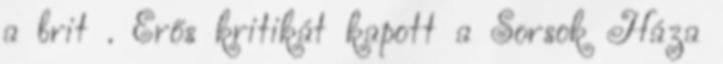
a brit . Erős kritikát kapott a Sorsok Háza